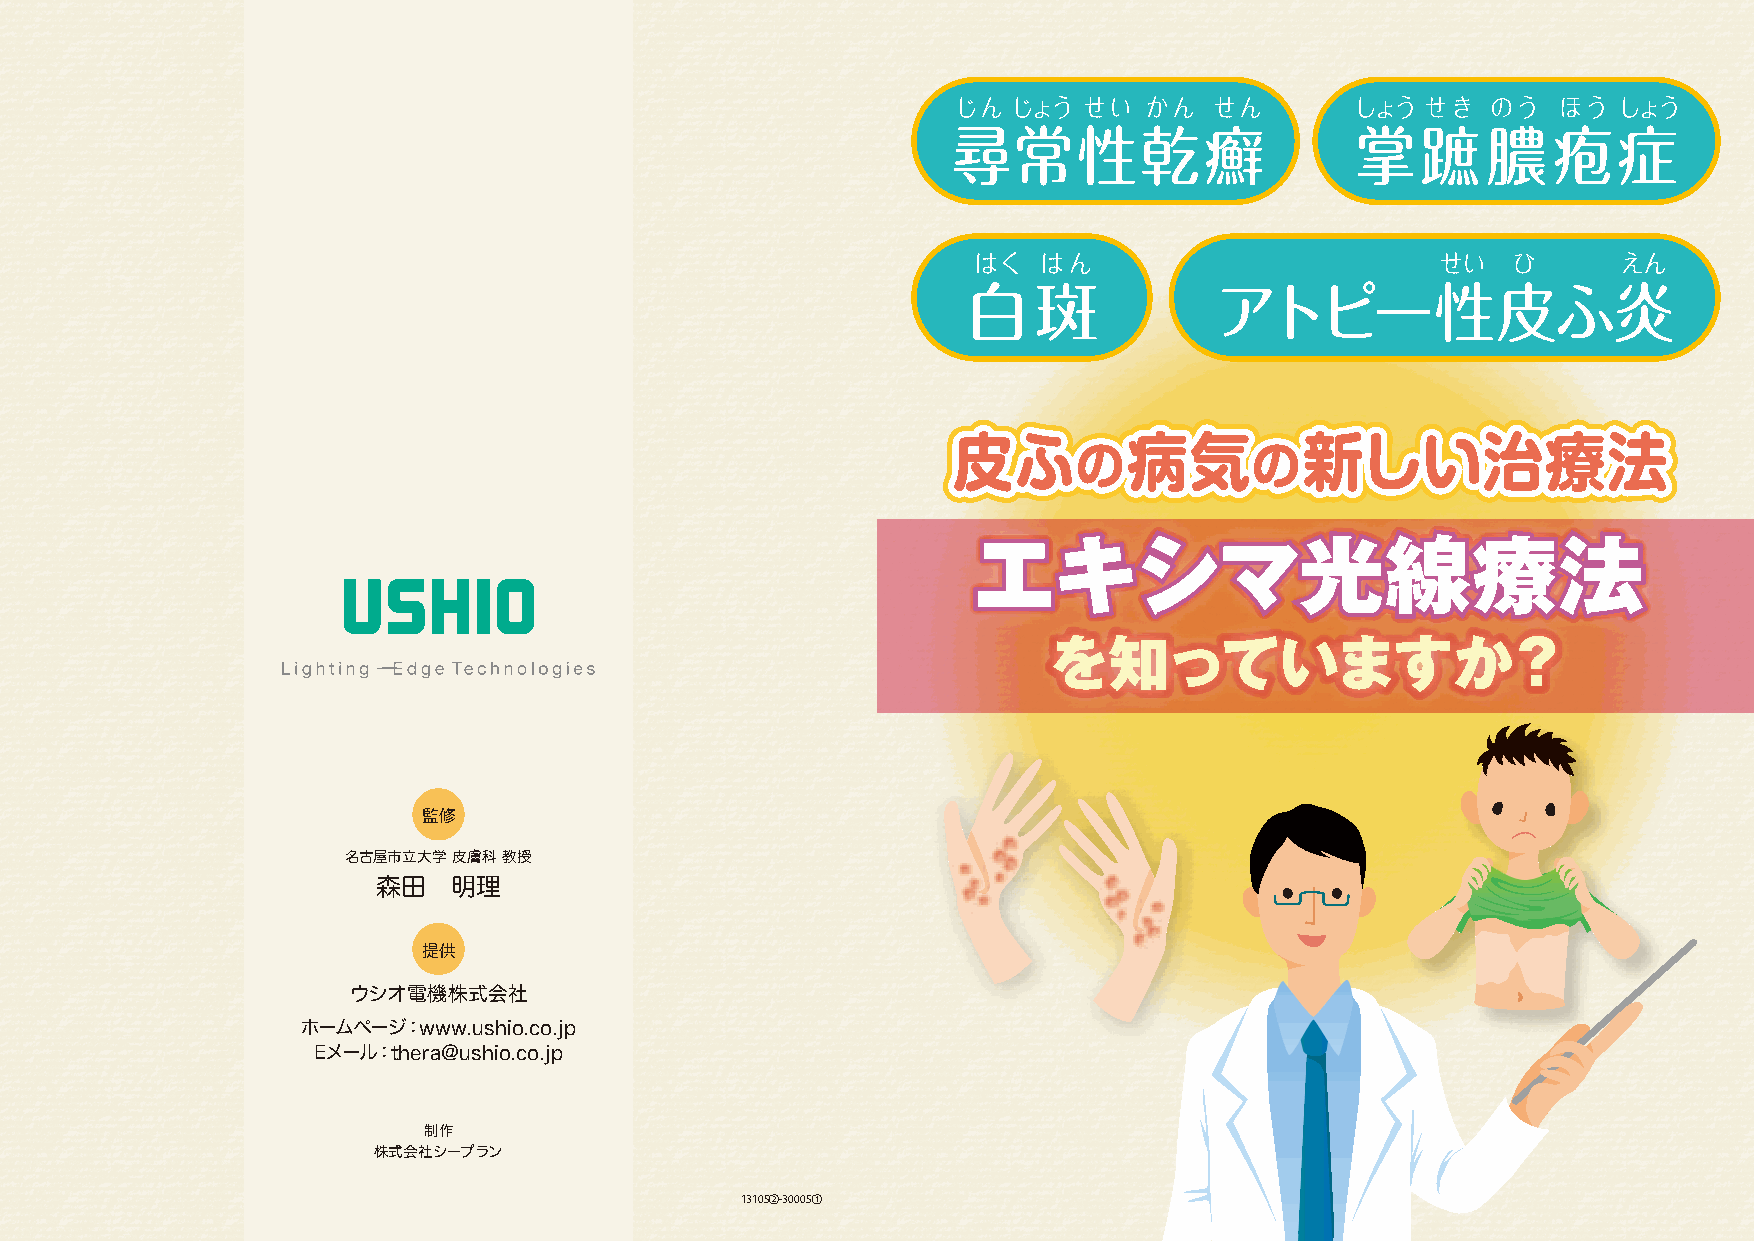
じん  じょう  せい  かん  せん        しょう せき   のう  ほう  しょう
 尋常性乾癬                      掌蹠      膿疱症
 はく   はん                        せい   ひ      えん
 白斑              アトピー性皮ふ炎
 皮皮皮ふふふ      病病病気気気     新新新しししいいい治治治療療療法法法
 ののの         ののの
 エエエエキキキキシシシシママママ光光光光線線線線療療療療法法法法
 をを知知っってていいまますすかか？？
 監修
 名古屋市立大学 皮膚科 教授
 森田   明理
 提供
 ウシオ電機株式会社
 ホームページ：www.ushio.co.jp
 Eメール：thera@ushio.co.jp
 制作
 株式会社シープラン
 1310S②-3000S①